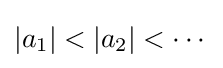
|a_{1}|<|a_{2}|<\cdots